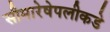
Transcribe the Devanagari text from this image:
सीमारेषेपलीकडे